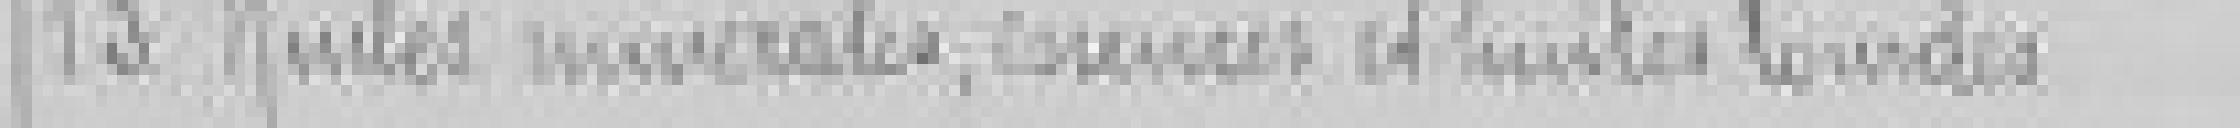
13. Huiles minérales, essences et huiles lourdes